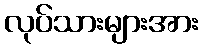
လုပ်သားများအား